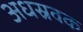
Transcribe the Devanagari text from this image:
अधस्रवक